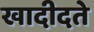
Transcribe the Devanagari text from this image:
खादीदते